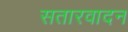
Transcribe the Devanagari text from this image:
सतारवादन